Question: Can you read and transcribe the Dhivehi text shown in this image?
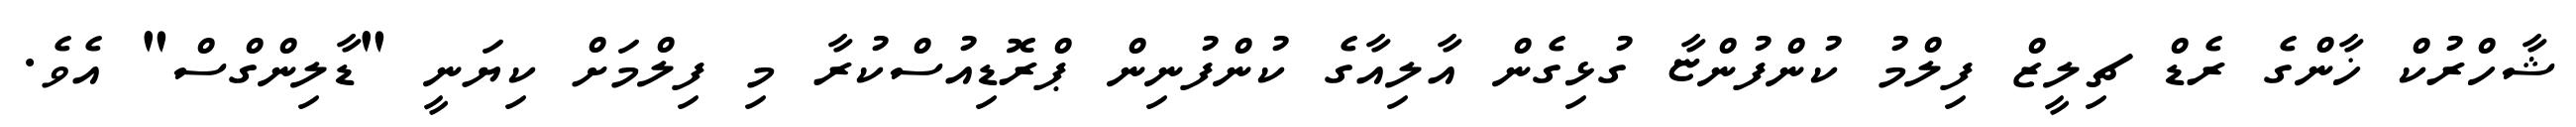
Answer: ޝާހްރުކް ޚާންގެ ރެޑް ޗިލީޒް ފިލްމު ކުންފުންޏާ ގުޅިގެން އާލިއާގެ ކުންފުނިން ޕްރޮޑިއުސްކުރާ މި ފިލްމަށް ކިޔަނީ "ޑާލިންގްސް" އެވެ.